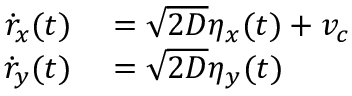
\begin{array} { r l } { \dot { r } _ { x } ( t ) } & { { } = \sqrt { 2 D } \eta _ { x } ( t ) + v _ { c } } \\ { \dot { r } _ { y } ( t ) } & { { } = \sqrt { 2 D } \eta _ { y } ( t ) } \end{array}